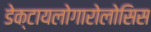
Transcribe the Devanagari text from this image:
डेक्टायलोगारोलोसिस